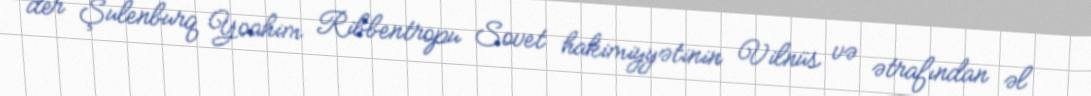
der Şulenburq Yoahim Ribbentropu Sovet hakimiyyətinin Vilnüs və ətrafından əl